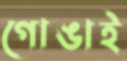
গোঙাই